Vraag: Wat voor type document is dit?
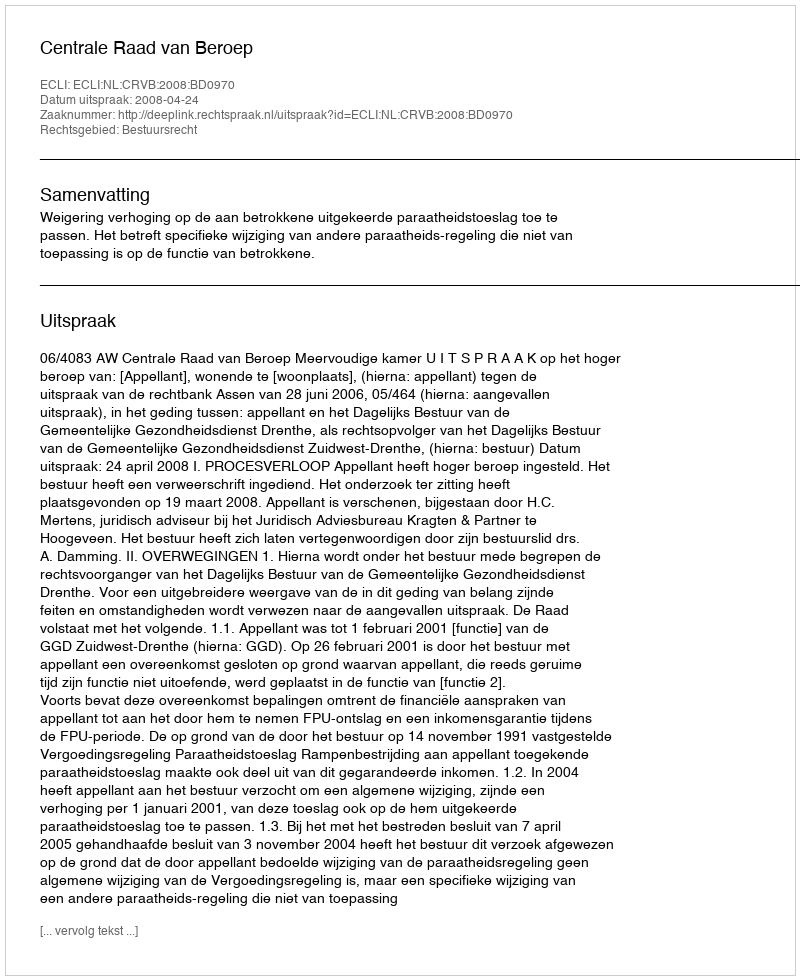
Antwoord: Uitspraak